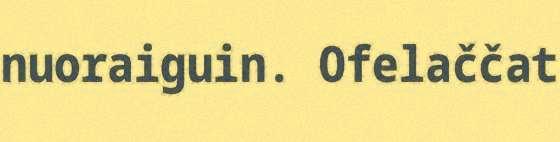
nuoraiguin. Ofelaččat